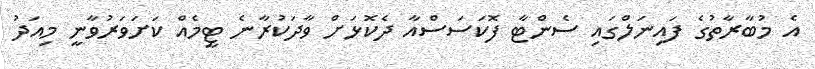
އެ މުބާރާތުގެ ފައިނަލްގައި ސެންޓާ ފޮކަސަސްއާ ދެކޮޅަށް ވާދަކުރާނެ ޓީމެއް ކަށަވަރުވާނީ މިއަދު